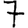
Digit: 7